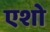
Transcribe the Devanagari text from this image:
एशो